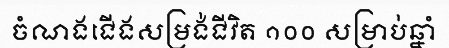
ចំណងជើងសម្រង់ជីវិត ១០០ សម្រាប់ឆ្នាំ